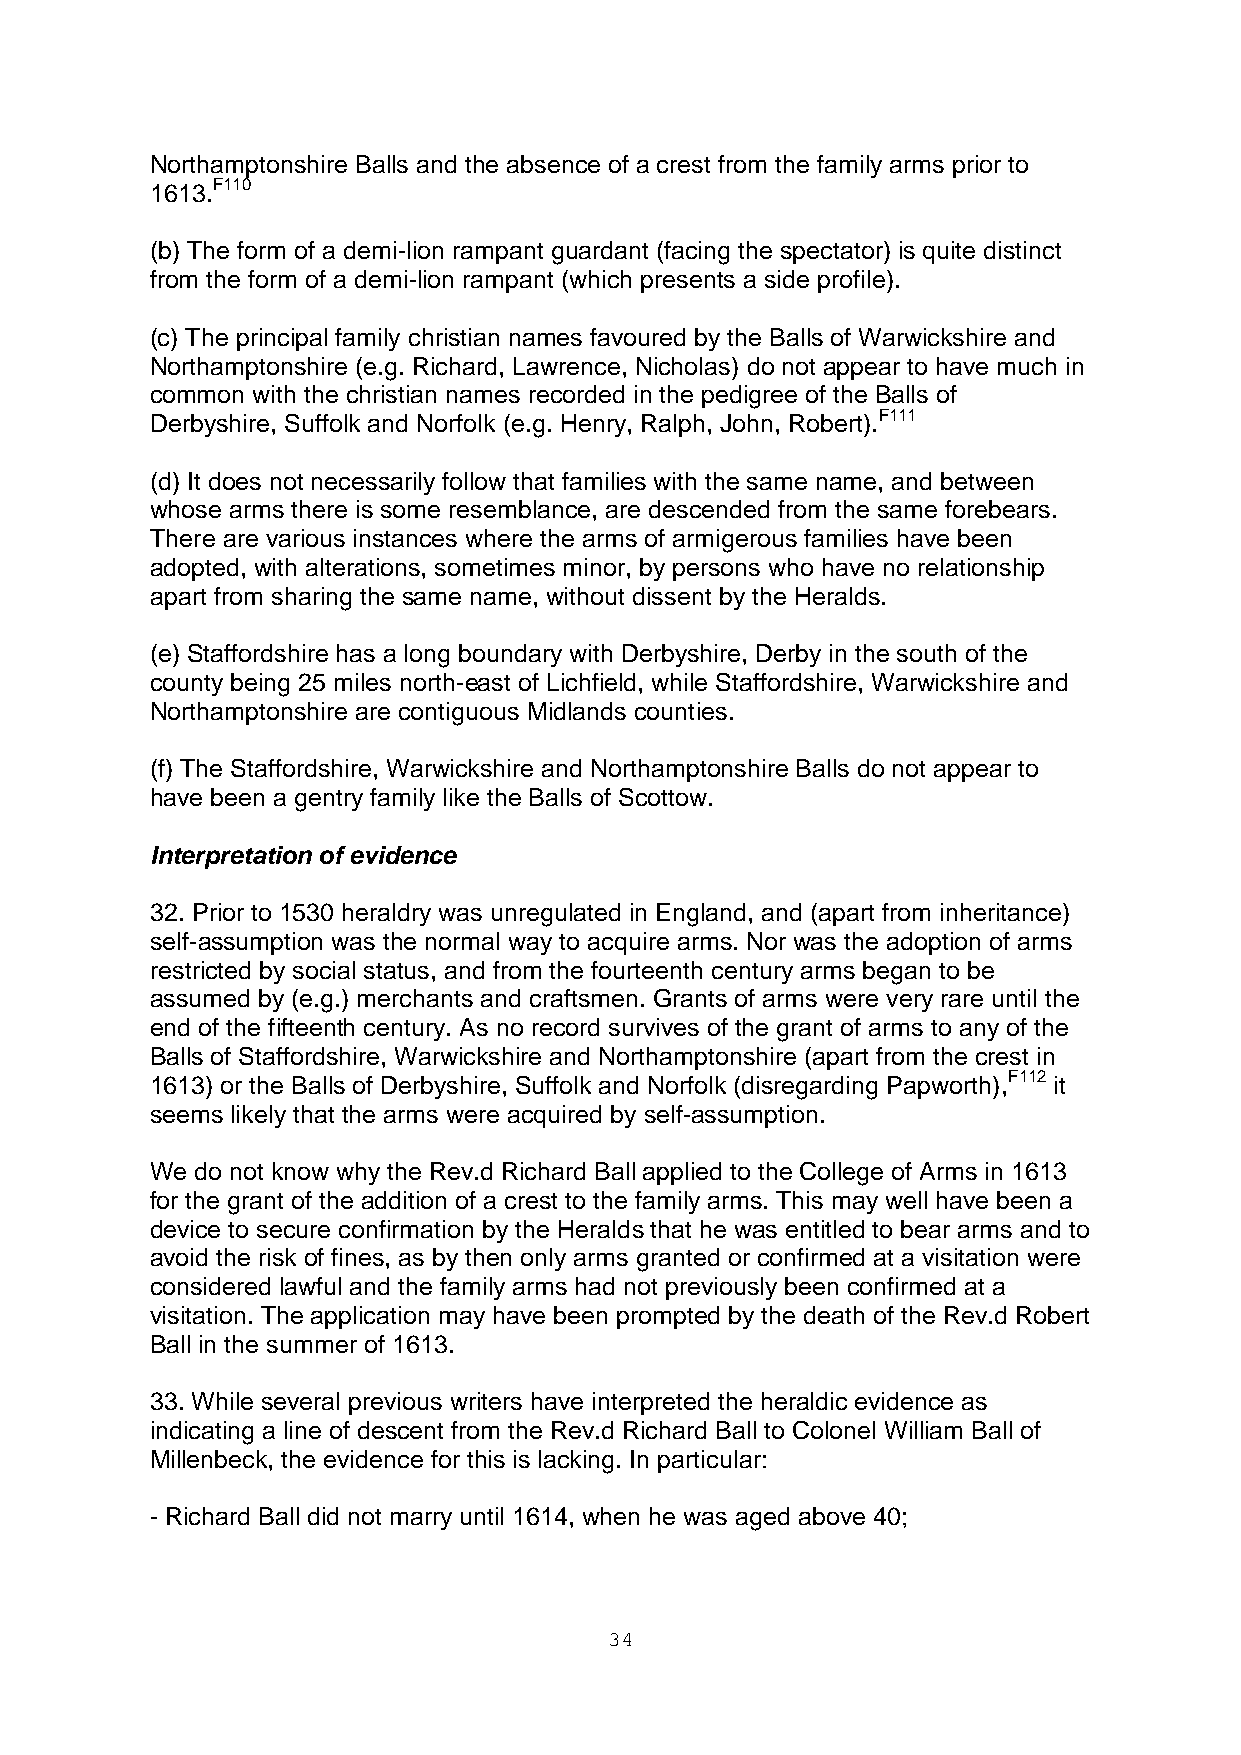
Northamptonshire Balls and the absence of a crest from the family arms prior to
 1613.F110
 (b) The form of a demi-lion rampant guardant (facing the spectator) is quite distinct
 from the form of a demi-lion rampant (which presents a side profile).
 (c) The principal family christian names favoured by the Balls of Warwickshire and
 Northamptonshire (e.g. Richard, Lawrence, Nicholas) do not appear to have much in
 common with the christian names recorded in the pedigree of the Balls of
 Derbyshire, Suffolk and Norfolk (e.g. Henry, Ralph, John, Robert).F111
 (d) It does not necessarily follow that families with the same name, and between
 whose arms there is some resemblance, are descended from the same forebears.
 There are various instances where the arms of armigerous families have been
 adopted, with alterations, sometimes minor, by persons who have no relationship
 apart from sharing the same name, without dissent by the Heralds.
 (e) Staffordshire has a long boundary with Derbyshire, Derby in the south of the
 county being 25 miles north-east of Lichfield, while Staffordshire, Warwickshire and
 Northamptonshire are contiguous Midlands counties.
 (f) The Staffordshire, Warwickshire and Northamptonshire Balls do not appear to
 have been a gentry family like the Balls of Scottow.
 Interpretation of evidence
 32. Prior to 1530 heraldry was unregulated in England, and (apart from inheritance)
 self-assumption was the normal way to acquire arms. Nor was the adoption of arms
 restricted by social status, and from the fourteenth century arms began to be
 assumed by (e.g.) merchants and craftsmen. Grants of arms were very rare until the
 end of the fifteenth century. As no record survives of the grant of arms to any of the
 Balls of Staffordshire, Warwickshire and Northamptonshire (apart from the crest in
 1613) or the Balls of Derbyshire, Suffolk and Norfolk (disregarding Papworth),F112 it
 seems likely that the arms were acquired by self-assumption.
 We do not know why the Rev.d Richard Ball applied to the College of Arms in 1613
 for the grant of the addition of a crest to the family arms. This may well have been a
 device to secure confirmation by the Heralds that he was entitled to bear arms and to
 avoid the risk of fines, as by then only arms granted or confirmed at a visitation were
 considered lawful and the family arms had not previously been confirmed at a
 visitation. The application may have been prompted by the death of the Rev.d Robert
 Ball in the summer of 1613.
 33. While several previous writers have interpreted the heraldic evidence as
 indicating a line of descent from the Rev.d Richard Ball to Colonel William Ball of
 Millenbeck, the evidence for this is lacking. In particular:
 - Richard Ball did not marry until 1614, when he was aged above 40;
 34